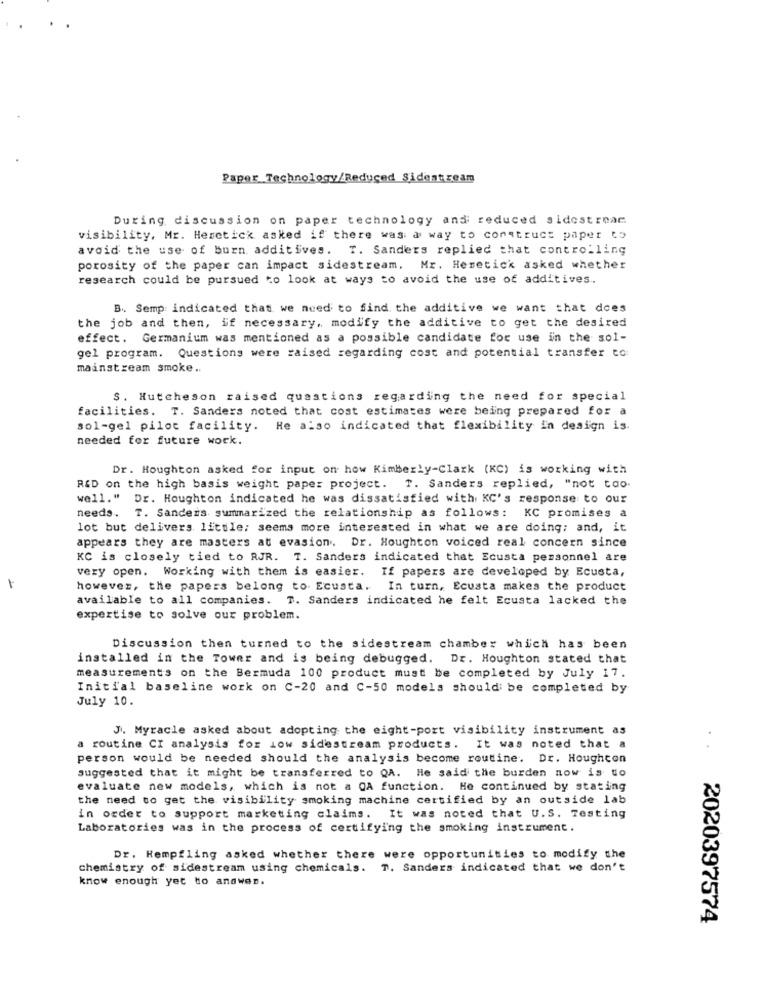
Paper Technology/Reduced Sidestream
During discussion on paper technology and reduced sidestreac
visibility. Mr. Heretick asked if there was a way to construct paper to
avoid the use of burn additives. T. Sanders replied that controlling
porosity of the paper can impact sidestream. Mr. Heretick asked whether
research could be pursued to look at ways to avoid the use of additives ..
B. Semp: indicated that we need to find the additive we want that does
the job and then, if necessary, modify the additive to get the desired
effect. Germanium was mentioned as a possible candidate for use in the sol-
gel program. Questions were raised regarding cost and potential transfer to:
mainstream smoke ..
S. Hutcheson raised questions regarding the need for special
facilities. T. Sanders noted that cost estimates were being prepared for a
sol-gel pilot facility. He also indicated that flexibility in design is.
needed for future work.
Dr. Houghton asked for input on how Kimberly-Clark (KC) is working with
RED on the high basis weight paper project. T. Sanders replied, "not tao.
well."
Dr. Houghton indicated he was dissatisfied with KC's response to our
needs. T. Sanders summarized the relationship as follows: KC promises a
lot but delivers little; seems more interested in what we are doing; and, it
appears they are masters at evasion. Dr. Houghton voiced real concern since
KC is closely tied to RJR. T. Sanders indicated that Ecusta personnel are
very open. Working with them is easier. If papers are developed by Ecusta,
1
however, the papers belong to Ecusta. In turn, Ecusta makes the product
available to all companies. T. Sanders indicated he felt Ecusta lacked the
expertise to solve our problem.
Discussion then turned to the sidestream chamber which has been
installed in the Tower and is being debugged. Dr. Houghton stated that
measurements on the Bermuda 100 product must be completed by July 17.
Initial baseline work on C-20 and C-50 models shouldi be completed by
July 10.
J. Myracle asked about adopting the eight-port visibility instrument as
a routine CI analysis for low sidestream products. It was noted that a
person would be needed should the analysis become routine. Dr. Houghcon
suggested that it might be transferred to QA. He said the burden now is to
evaluate new models, which is not a QA function. He continued by stating
the need to get the visibility smoking machine certified by an outside lab
in order to support marketing claims. It was noted that U.S. Testing
Laboratories was in the process of certifying the smoking instrument.
Dr. Hempfling asked whether there were opportunities to modify the
chemistry of sidestream using chemicals. T. Sanders indicated that we don't
know enough yet to answer.
2020397574